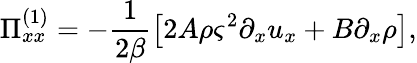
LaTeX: \Pi_{xx}^{(1)}=-\frac{1}{2\beta}\left[2A\rho\varsigma^{2}\partial_{x}u_{x}+B\partial_{x}\rho\right],